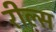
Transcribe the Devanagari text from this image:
रील्स